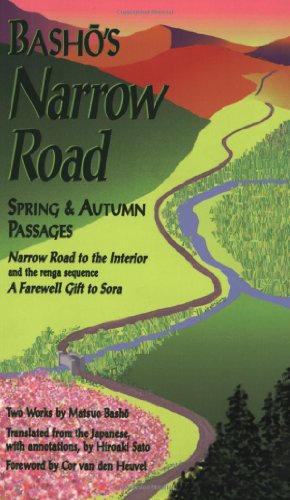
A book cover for Basho's Narrow Road: Spring and Autumn Passages (Rock Spring Collection of Japanese Literature); Matsuo Basho; Literature & Fiction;